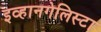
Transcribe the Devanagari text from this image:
इव्हानगेलिस्टा